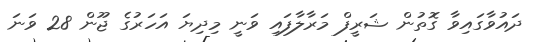
ދައުވާގައިވާ ގޮތުން ޝަރީފް މަރާލާފައި ވަނީ މިދިޔަ އަހަރުގެ ޖޫން 28 ވަނަ